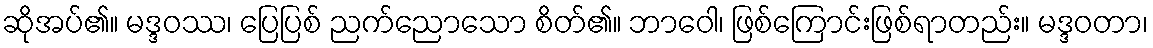
ဆိုအပ်၏။ မဒ္ဒဝဿ၊ ပြေပြစ် ညက်ညောသော စိတ်၏။ ဘာဝေါ၊ ဖြစ်ကြောင်းဖြစ်ရာတည်း။ မဒ္ဒဝတာ၊